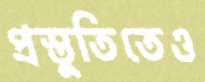
প্রস্তুতিতেও